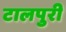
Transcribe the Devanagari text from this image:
टालपुरी